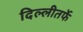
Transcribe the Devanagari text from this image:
दिल्लीतर्फे